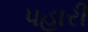
પહારી